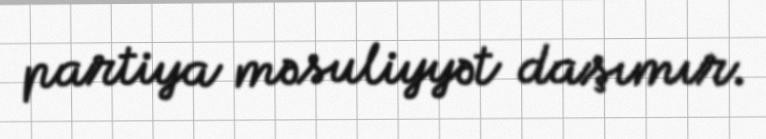
partiya məsuliyyət daşımır.